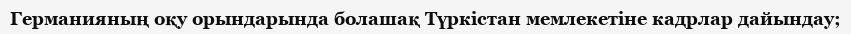
Германияның оқу орындарында болашақ Түркістан мемлекетіне кадрлар дайындау;